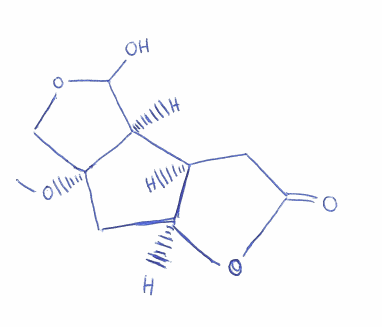
Simplified molecular-input line-entry system (SMILES) notation of the given molecule:
CO[C@@]12C[C@H]3[C@@H]([C@@H]1C(OC2)O)CC(=O)O3